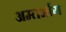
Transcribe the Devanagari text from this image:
अम्तर्भाग